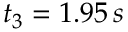
t _ { 3 } = 1 . 9 5 \, s